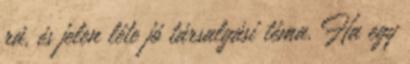
rá, és jelen léte jó társalgási téma. Ha egy